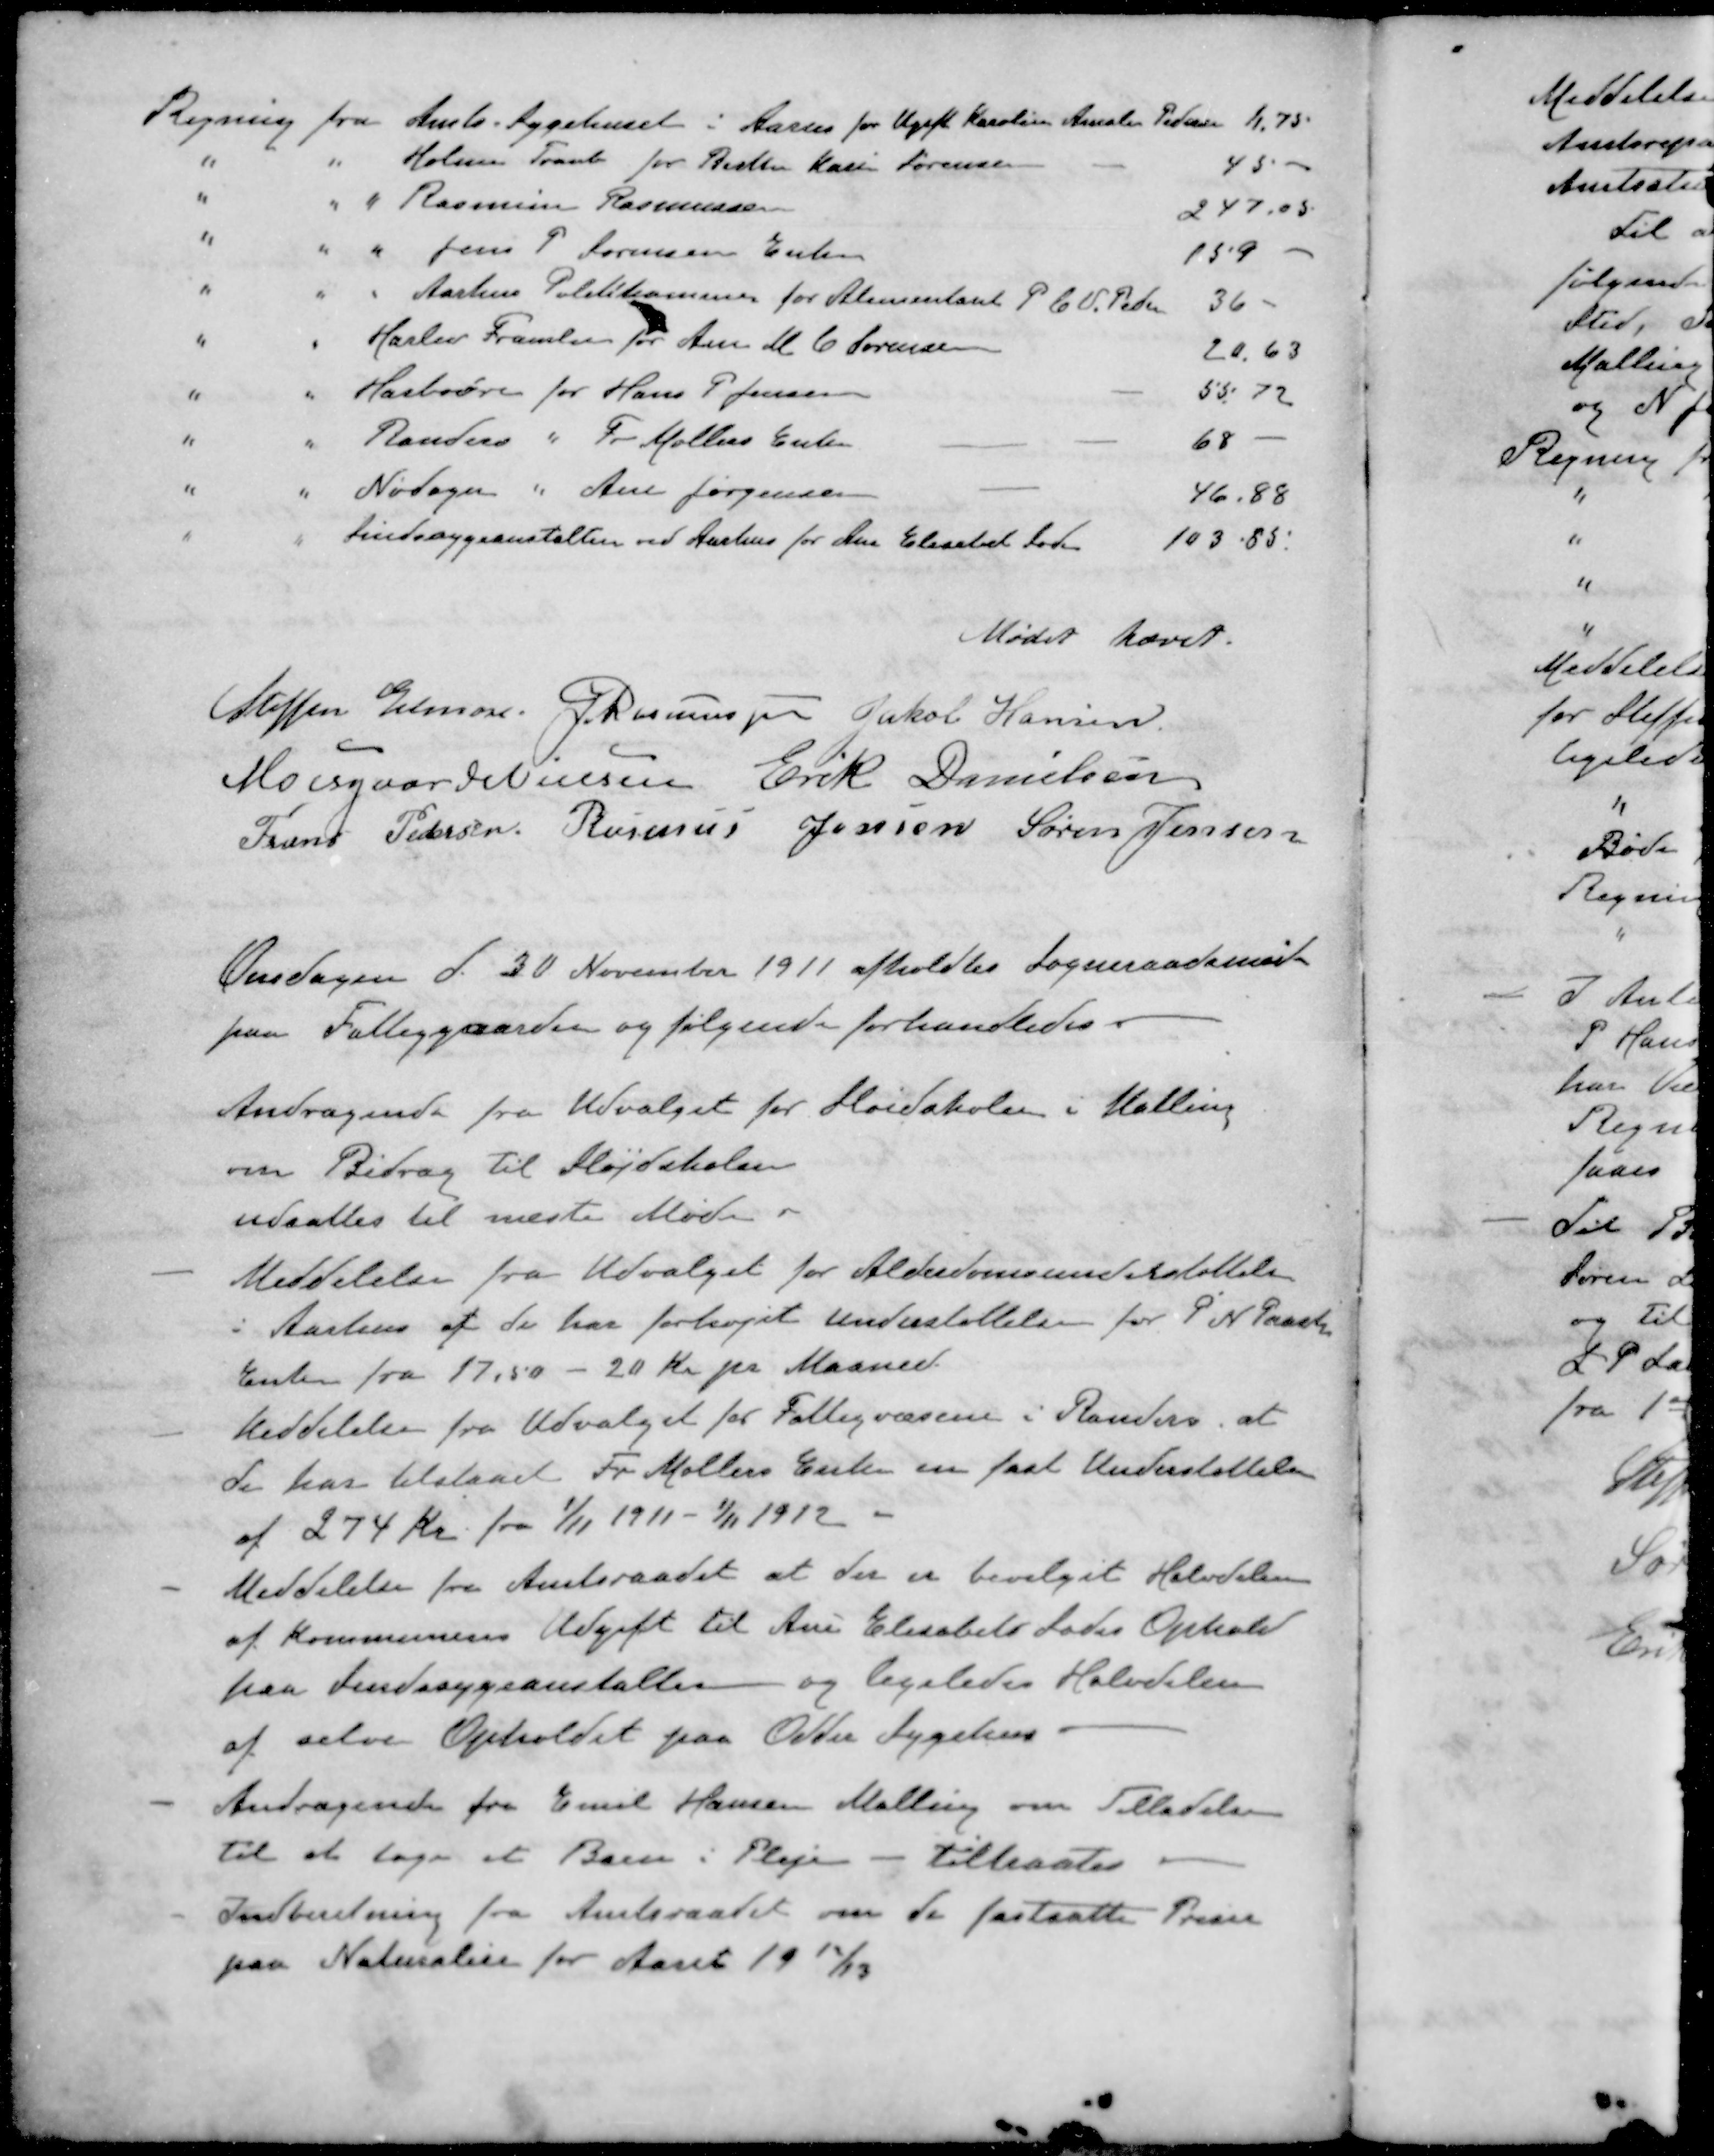
Transskription:
Regning fra Amts Sygehuset i Aarus for Ugift Karoline Amalie Pedersen 11,75
" " Holme Tranb for Birthe Karin Sørensen 45 -
" " " Rasmine Rasmussen 247,05
" " " Jens P Sørensen Enke 159
" " Aarhus Politikammer for Alimentant P. C. V. Peter 36 -
" " Harlev Framlev P. Ane M. C. Sørensen 20.63
" " Harboøre for Hans P Jensen 55 72
" " Randers " Fr Møllers Enken 68 -
" " Nødager " Ane Jørgensen 46.88
" " Sindssygeanstalten ved Aarhus for Ane Elisabet Sode 103.85.
Mødet hævet.
Steffen Elmose
J Rasmussen 
Jakob Hansen
Moesgaard Nielsen 
Erik Danielsen
Frans Pedersen 
Rasmus Jensen 
Søren Jensen
Onsdagen d. 30 November 1911 afholdtes Sogneraadsmøde
paa Fattiggaarden og følgende forhandledes
Andragende fra Udvalget for Sløidskolen i Malling
om Bidrag til Sløjskolen
udsattes til næste Møde i
- Meddelelse fra Udvalget for Alderdomsunderstøttelse
i Aarhus af de har forhøjet Understøttelse for P. N. Paaskes
Enken fra 17,50 - 20 Kr pr Maaned.
- Meddelelse fra Udvalget for Fattigvæsen i Randers, at
de har tilstaaet Fr Møllers Enke en fast Understøttelse
af 274 kr. fra 1/11 1911 - 1/11 1912.
- Meddelelse fra Amtsraadet at der er bevilget Halvdelen
af Kommunens Udgift til Ane Elisabet Lades Ophold
paa Sindssygeanstalter og ligeledes Halvdelen
af selve Opholdet paa Odder Sygehus.
- Andragende fra Emil Hansen Malling om Tilladelse
til at tage et Barn i Pleje - tiltraates
- Indberetning fra Amtsraadet om de fastsatte Priser
paa Naturalier for Aaret 1912/13